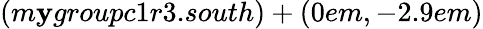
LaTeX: (m\mathbf{y}groupc1r3.south)+(0em,-2.9em)